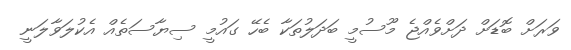
ވަރަށް ބޮޑަށް ދަށްވެއްޖެ މޫސުމީ ބަދަލުތަކާ ބެހޭ ގައުމީ ސިޔާސަތެއް އެކުލަވާލަނީ